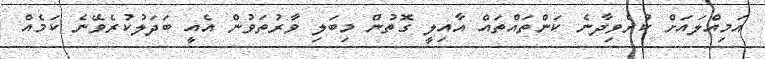
އަމިއްލައަށް ކުރެވިދާނެ ކަންތައްތައް އާއިލީ ގޮތުން މިބަލި ވާރުތަވުން އެއީ ބަދަލުކުރެވޭނެ ކަމެއް